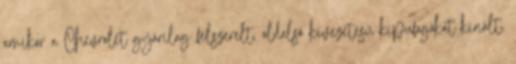
amikor a Chevrolet gyárilag felszerelt, oldalsó kivezetésű kipufogókat kínált,